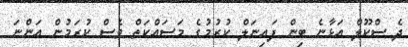
ދެ ސްކޫލް އަޅާނެ ބިން ފައިނަލް ކުރުމުގެ މަސައްކަތް ވެސް ކުރަމުން އަންނަ